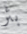
بئر